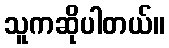
သူကဆိုပါတယ်။